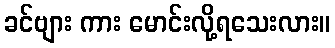
ခင်ဗျား ကား မောင်းလို့ရသေးလား။